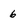
Character: 6